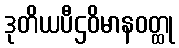
ဒုတိယပီဌဝိမာနဝတ္ထု